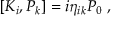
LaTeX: [ K _ { i } , P _ { k } ] = i \eta _ { i k } P _ { 0 } ~ ,